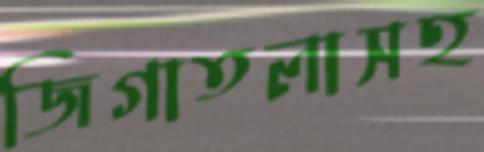
জিগাতলাসহ